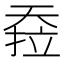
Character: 𰋪